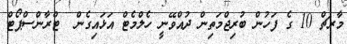
މާރޗް 10 ގެ ފަހުން ބުރިޖްމަތިން ދުއްވޭނީ ހެލްމެޓް އަޅައިގެން  ޓްރާންސްޕޯޓް